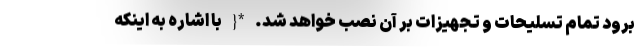
برود تمام تسلیحات و تجهیزات بر آن نصب خواهد شد. *{ با اشاره به اینکه